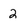
Character: 2